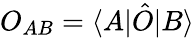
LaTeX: O_{AB}=\langle A|\hat{O}|B\rangle